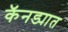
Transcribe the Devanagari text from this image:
कॅनड्यात